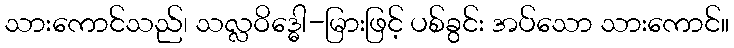
သားကောင်သည်၊ သလ္လဝိဒ္ဓေါ-မြားဖြင့် ပစ်ခွင်း အပ်သော သားကောင်။